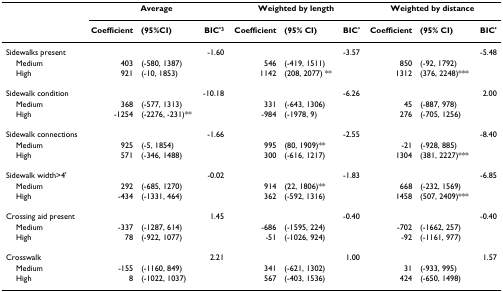
<table><thead><tr><td></td><td colspan="3"><b>Average</b></td><td colspan="3"><b>Weighted by length</b></td><td colspan="3"><b>Weighted by distance</b></td></tr><tr><td></td><td><b>Coefficient</b></td><td><b>(95%CI)</b></td><td><b>BIC&#x27;<sup>3</sup></b></td><td><b>Coefficient</b></td><td><b>(95% CI)</b></td><td><b>BIC&#x27;</b></td><td><b>Coefficient</b></td><td><b>(95% CI)</b></td><td><b>BIC&#x27;</b></td></tr></thead><tbody><tr><td>Sidewalks present</td><td></td><td></td><td>-1.60</td><td></td><td></td><td>-3.57</td><td></td><td></td><td>-5.48</td></tr><tr><td> Medium</td><td>403</td><td>(-580, 1387)</td><td></td><td>546</td><td>(-419, 1511)</td><td></td><td>850</td><td>(-92, 1792)</td><td></td></tr><tr><td> High</td><td>921</td><td>(-10, 1853)</td><td></td><td>1142</td><td>(208, 2077) **</td><td></td><td>1312</td><td>(376, 2248)***</td><td></td></tr><tr><td>Sidewalk condition</td><td></td><td></td><td>-10.18</td><td></td><td></td><td>-6.26</td><td></td><td></td><td>2.00</td></tr><tr><td> Medium</td><td>368</td><td>(-577, 1313)</td><td></td><td>331</td><td>(-643, 1306)</td><td></td><td>45</td><td>(-887, 978)</td><td></td></tr><tr><td> High</td><td>-1254</td><td>(-2276, -231)**</td><td></td><td>-984</td><td>(-1978, 9)</td><td></td><td>276</td><td>(-705, 1256)</td><td></td></tr><tr><td>Sidewalk connections</td><td></td><td></td><td>-1.66</td><td></td><td></td><td>-2.55</td><td></td><td></td><td>-8.40</td></tr><tr><td> Medium</td><td>925</td><td>(-5, 1854)</td><td></td><td>995</td><td>(80, 1909)**</td><td></td><td>-21</td><td>(-928, 885)</td><td></td></tr><tr><td> High</td><td>571</td><td>(-346, 1488)</td><td></td><td>300</td><td>(-616, 1217)</td><td></td><td>1304</td><td>(381, 2227)***</td><td></td></tr><tr><td>Sidewalk width&gt;4&#x27;</td><td></td><td></td><td>-0.02</td><td></td><td></td><td>-1.83</td><td></td><td></td><td>-6.85</td></tr><tr><td> Medium</td><td>292</td><td>(-685, 1270)</td><td></td><td>914</td><td>(22, 1806)**</td><td></td><td>668</td><td>(-232, 1569)</td><td></td></tr><tr><td> High</td><td>-434</td><td>(-1331, 464)</td><td></td><td>362</td><td>(-592, 1316)</td><td></td><td>1458</td><td>(507, 2409)***</td><td></td></tr><tr><td>Crossing aid present</td><td></td><td></td><td>1.45</td><td></td><td></td><td>-0.40</td><td></td><td></td><td>-0.40</td></tr><tr><td> Medium</td><td>-337</td><td>(-1287, 614)</td><td></td><td>-686</td><td>(-1595, 224)</td><td></td><td>-702</td><td>(-1662, 257)</td><td></td></tr><tr><td> High</td><td>78</td><td>(-922, 1077)</td><td></td><td>-51</td><td>(-1026, 924)</td><td></td><td>-92</td><td>(-1161, 977)</td><td></td></tr><tr><td>Crosswalk</td><td></td><td></td><td>2.21</td><td></td><td></td><td>1.00</td><td></td><td></td><td>1.57</td></tr><tr><td> Medium</td><td>-155</td><td>(-1160, 849)</td><td></td><td>341</td><td>(-621, 1302)</td><td></td><td>31</td><td>(-933, 995)</td><td></td></tr><tr><td> High</td><td>8</td><td>(-1022, 1037)</td><td></td><td>567</td><td>(-403, 1536)</td><td></td><td>424</td><td>(-650, 1498)</td><td></td></tr></tbody></table>